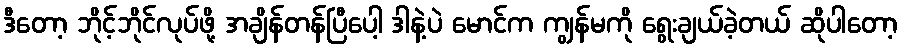
ဒီတော့ ဘိုင့်ဘိုင်လုပ်ဖို့ အချိန်တန်ပြီပေါ့ ဒါနဲ့ပဲ မောင်က ကျွန်မကို ရွေးချယ်ခဲ့တယ် ဆိုပါတော့